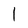
Character: 1